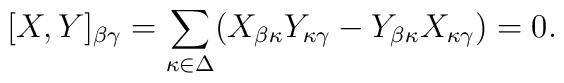
[X,Y]_{\beta \gamma}=\sum_{\kappa\in\Delta}(X_{\beta \kappa}Y_{\kappa 	\gamma}-Y_{\beta \kappa}X_{\kappa \gamma})=0.